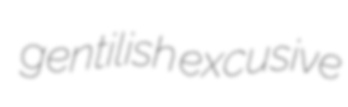
gentilish excusive